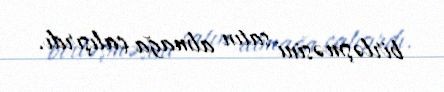
birləşməsini satın almağa çalışırdı.